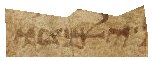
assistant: ילמדו